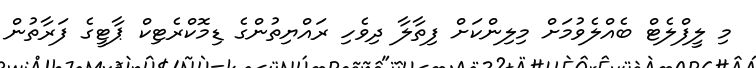
މި ލީފްލެޓް ބެއްލެވުމަށް މިލިންކަށް ފިތާލާ ދިވެހި ރައްޔިތުންގެ ޑިމޮކްރެޓިކް ޕާޓީގެ ފަރާތުން